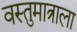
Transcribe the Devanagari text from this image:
वस्तुमात्राला